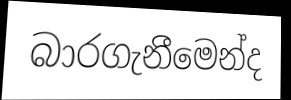
බාරගැනීමෙන්ද